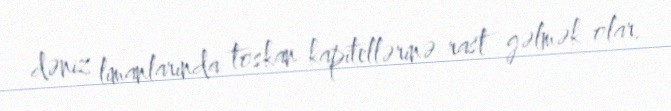
dəniz limanlarında toskan kapitellərinə rast gəlmək olar.